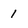
Character: 1